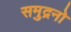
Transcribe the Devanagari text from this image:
समुद्रनो